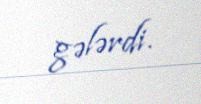
gələrdi.